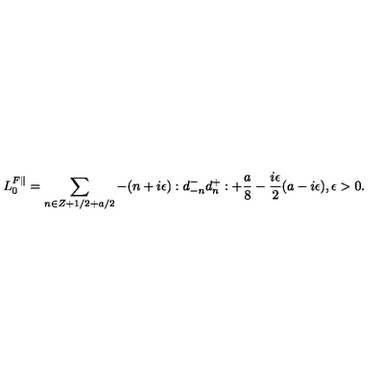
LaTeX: L _ { 0 } ^ { F \parallel } = \sum _ { n \in Z + 1 / 2 + a / 2 } - ( n + i \epsilon ) : d _ { - n } ^ { - } d _ { n } ^ { + } : + { \frac { a } { 8 } } - { \frac { i \epsilon } { 2 } } ( a - i \epsilon ) , \epsilon > 0 .